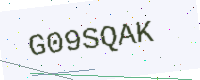
Text: G09SQAK